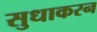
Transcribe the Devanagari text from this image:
सुधाकरन